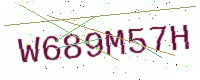
Text: W689M57H